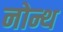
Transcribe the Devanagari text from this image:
नोन्थ